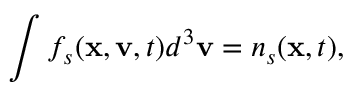
\int f _ { s } ( \mathbf { x } , \mathbf { v } , t ) d ^ { 3 } \mathbf { v } = n _ { s } ( \mathbf { x } , t ) ,